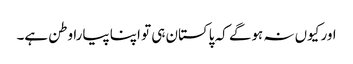
اور کیوں نہ ہوگے کہ پاکستان ہی تو اپنا پیارا وطن ہے۔